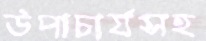
উপাচার্যসহ